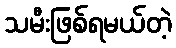
သမီးဖြစ်ရမယ်တဲ့